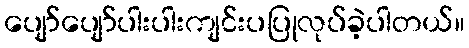
ပျော်ပျော်ပါးပါးကျင်းပပြုလုပ်ခဲ့ပါတယ်။